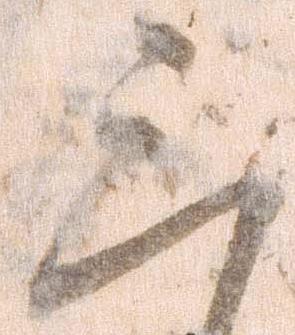
三